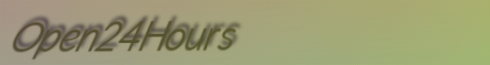
Open24Hours